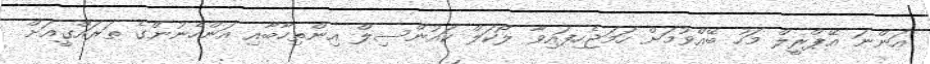
އަންނަ އޭޕްރީލް މަހު ބޭއްވުމަށް ހަމަޖެހިފައިވާ ލޯކަލް ކައުންސިލް އިންތިހާބާއި އަންހެނުންގެ ތަރައްގީއަށް